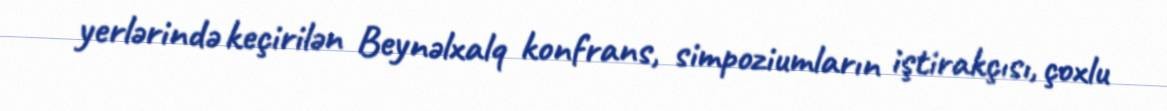
yerlərində keçirilən Beynəlxalq konfrans, simpoziumların iştirakçısı, çoxlu